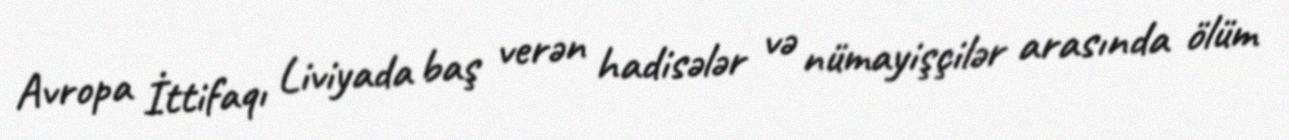
Avropa İttifaqı Liviyada baş verən hadisələr və nümayişçilər arasında ölüm